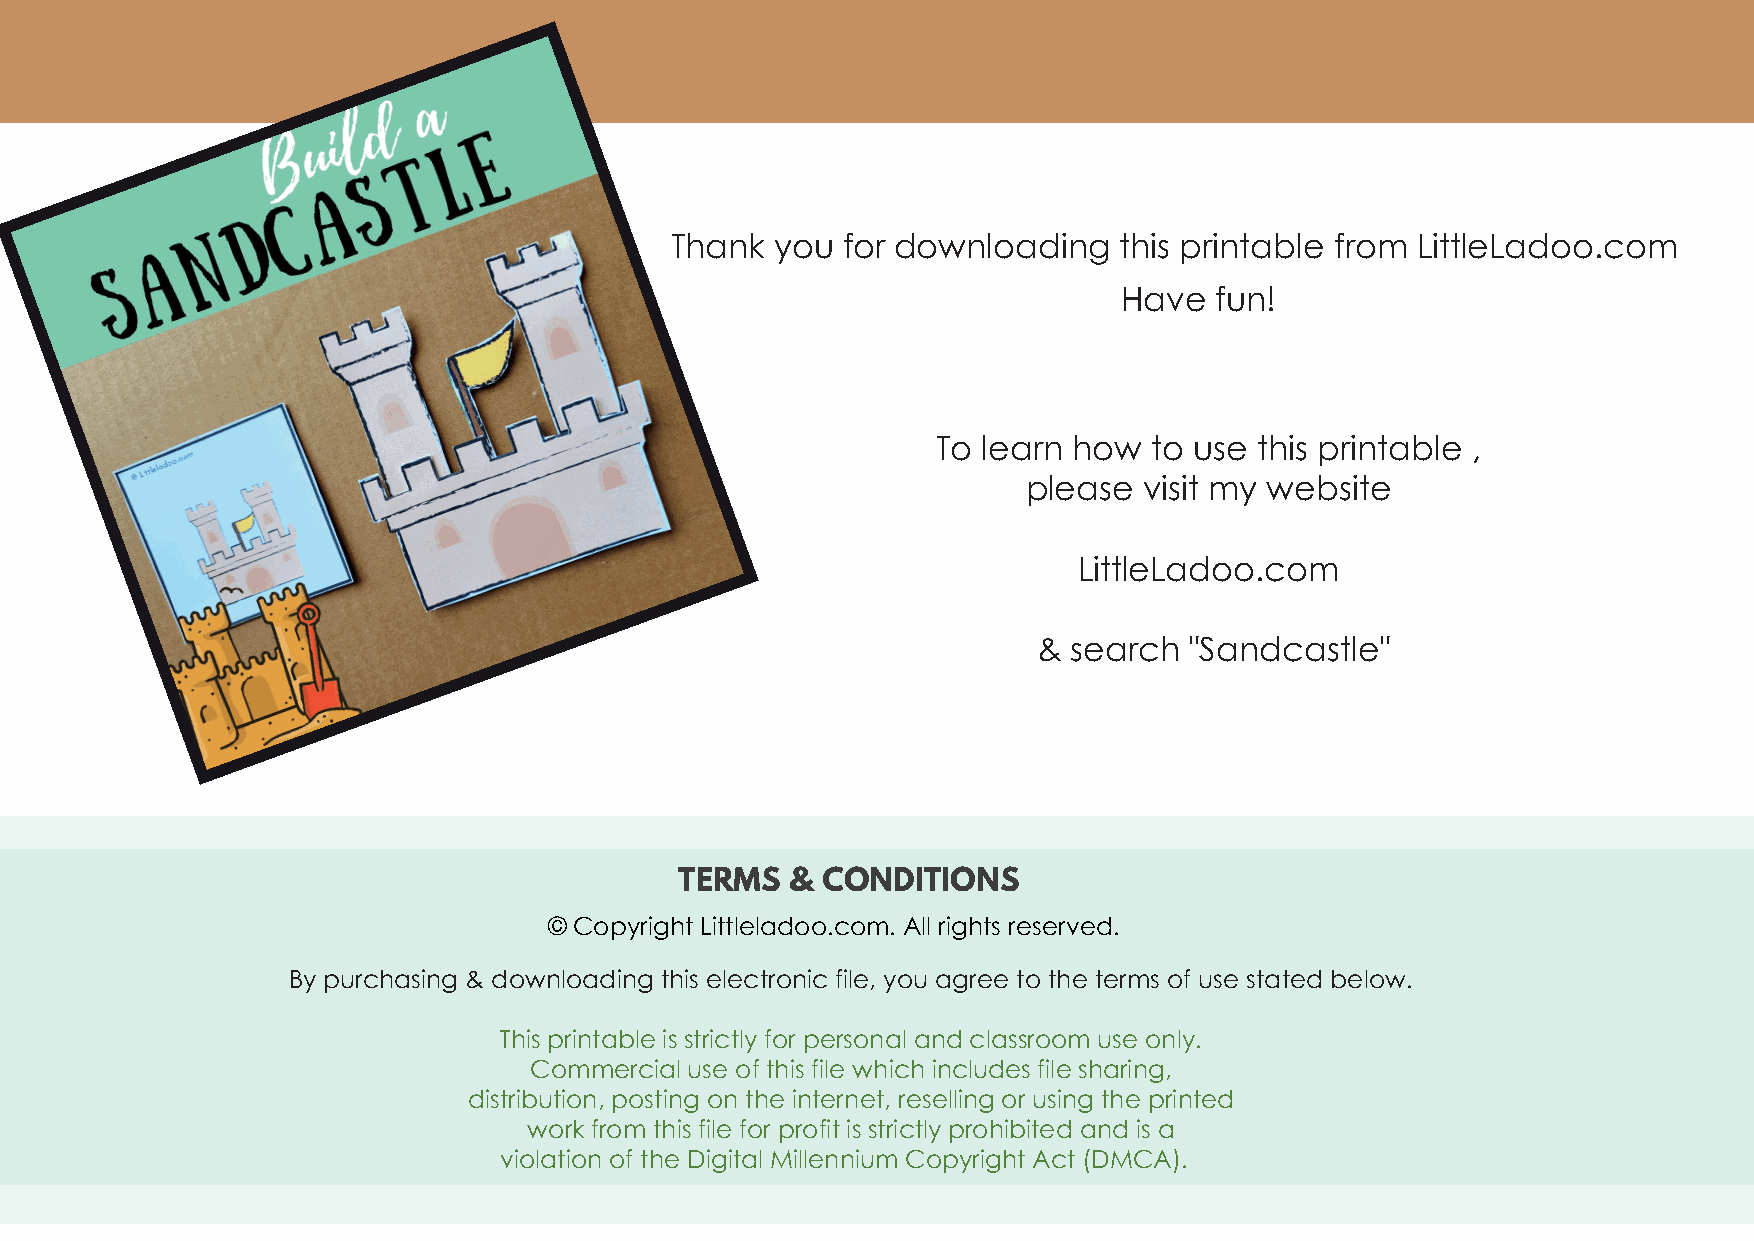
Thank  you  for downloading   this printable from LittleLadoo.com
 Have  fun!
 To learn how  to use this printable ,
 please  visit my website
 LittleLadoo.com
 & search  "Sandcastle"
 TTEERRMMSS && CCOONNDDIITTIIOONNSS
 ©© CCooppyyrriigghhtt LLiittttlleellaaddoooo..ccoomm.. AAllll rriigghhttss rreesseerrvveedd..
 By purchasing & downloading this electronic file, you agree to the terms of use stated below.
 This printable is strictly for personal and classroom use only.
 Commercial use of this file which includes file sharing,
 distribution, posting on the internet, reselling or using the printed
 work from this file for profit is strictly prohibited and is a
 violation of the Digital Millennium Copyright Act (DMCA).